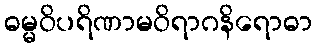
ဓမ္မဝိပရိဏာမဝိရာဂနိရောဓာ